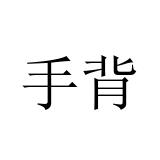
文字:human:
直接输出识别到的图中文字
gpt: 手背